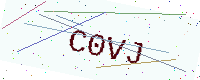
Text: C0VJ